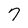
Character: 7